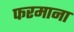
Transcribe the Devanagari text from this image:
फरमाना